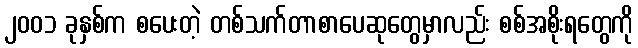
၂၀၀၁ ခုနှစ်က စပေးတဲ့ တစ်သက်တာစာပေဆုတွေမှာလည်း စစ်အစိုးရတွေကို